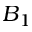
B _ { 1 }